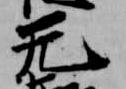
无